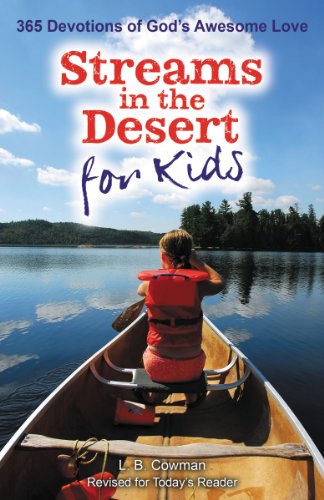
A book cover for Streams in the Desert for Kids: 365 Devotions of God's Awesome Love; L. B. E. Cowman; Christian Books & Bibles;